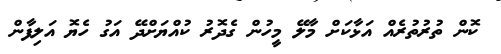
ކޮން ތުރުތުރެއް އަޅާކަށް މާލޭ މީހުން ގެދޮރު ކުއްޔަށްދޭ އަގު ހެޔޮ އަލިފާން